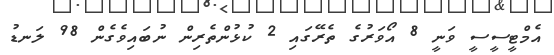
އެމްޓީސީސީ ވަނީ 8 އޯވަރުގެ ތެރޭގައި 2 ކުޅުންތެރިން ނުބައިވެގެން 98 ލަނޑު